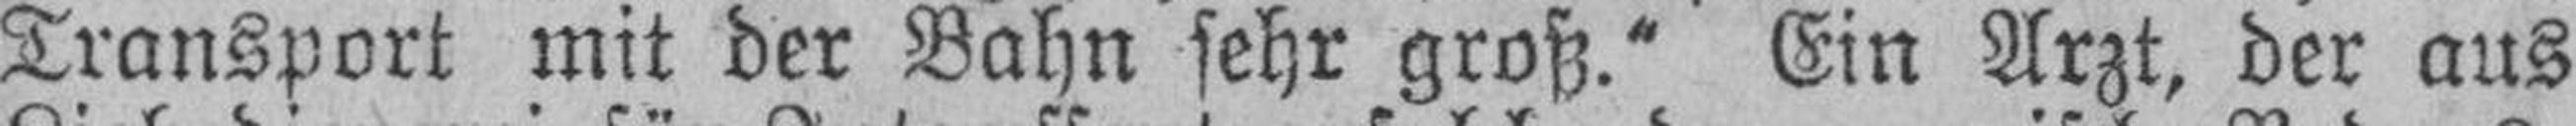
Transport mit der Bahn sehr groß.“ Ein Arzt, der aus